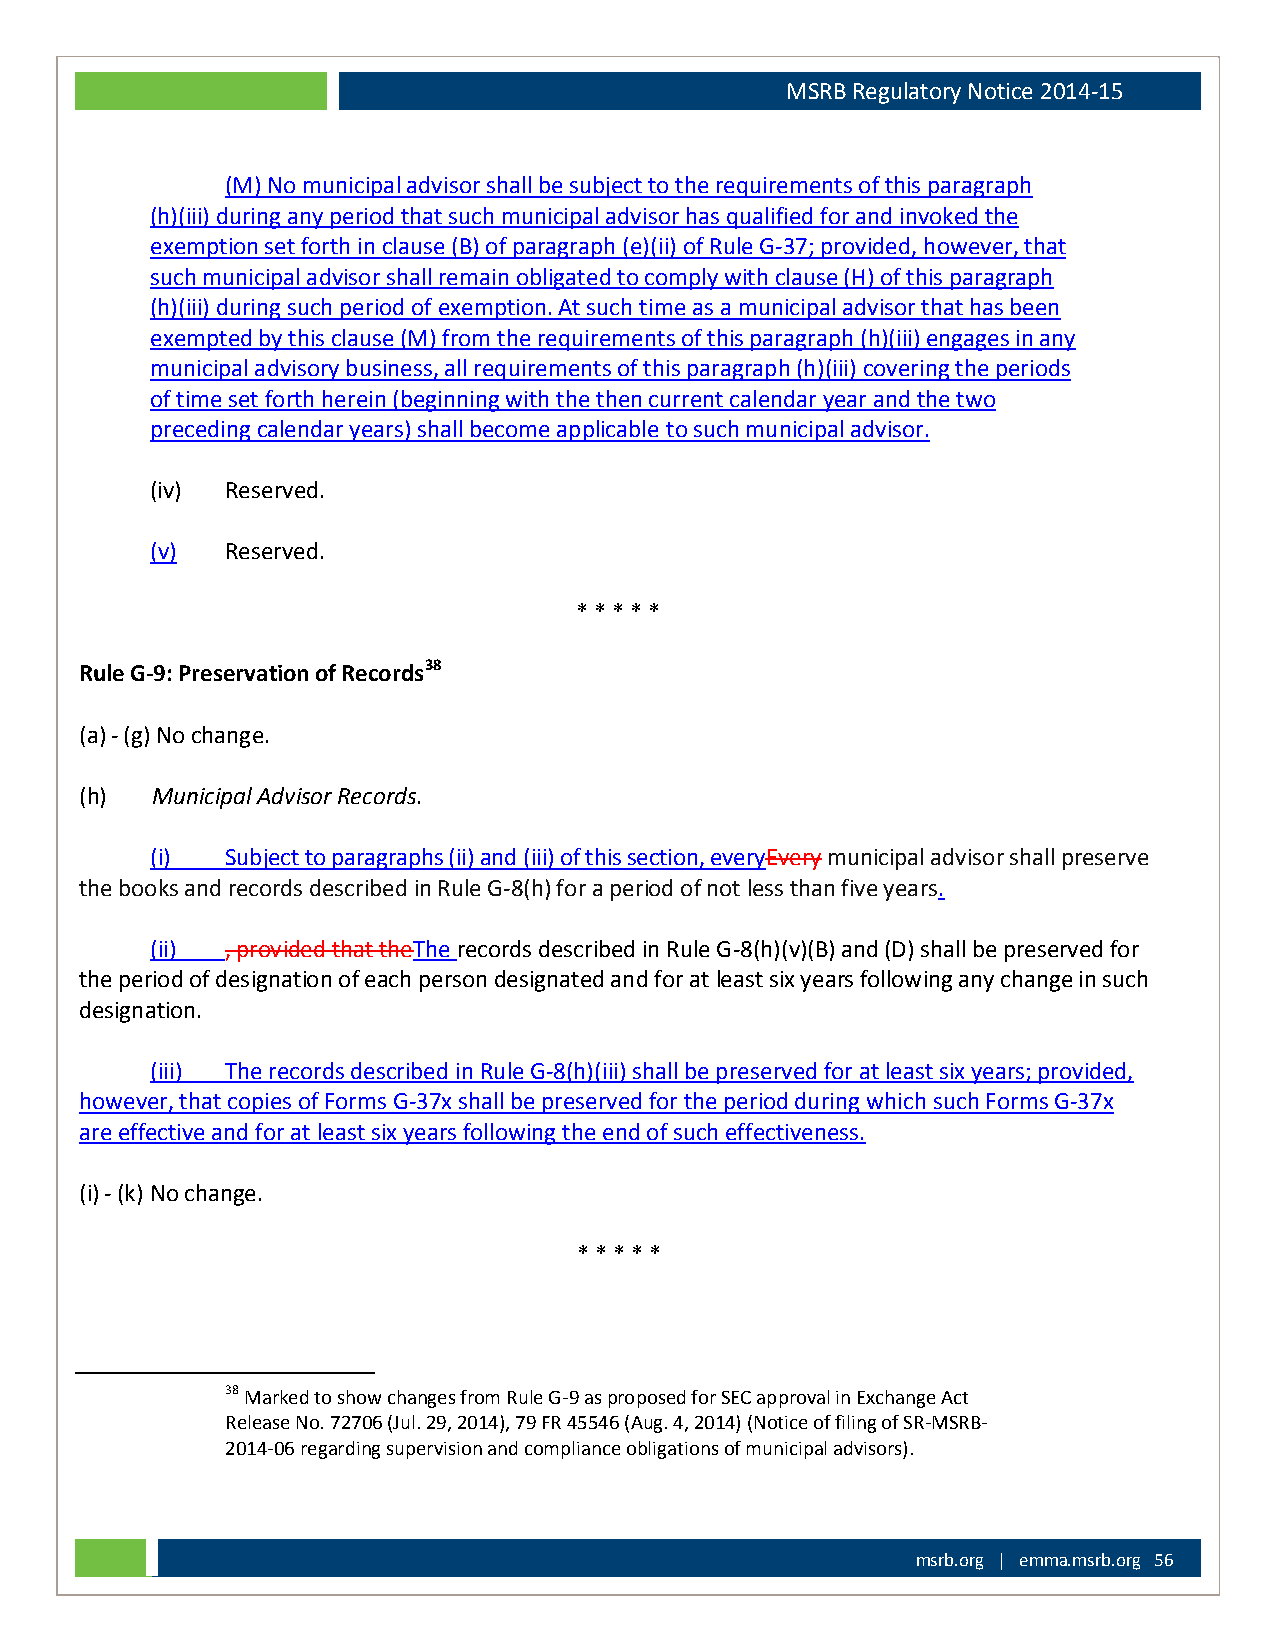
MSRB Regulatory Notice 2014-15
 (M) No municipal advisor shall be subject to the requirements of this paragraph
 (h)(iii) during any period that such municipal advisor has qualified for and invoked the
 exemption set forth in clause (B) of paragraph (e)(ii) of Rule G-37; provided, however, that
 such municipal advisor shall remain obligated to comply with clause (H) of this paragraph
 (h)(iii) during such period of exemption. At such time as a municipal advisor that has been
 exempted by this clause (M) from the requirements of this paragraph (h)(iii) engages in any
 municipal advisory business, all requirements of this paragraph (h)(iii) covering the periods
 of time set forth herein (beginning with the then current calendar year and the two
 preceding calendar years) shall become applicable to such municipal advisor.
 (iv) Reserved.
 (v)  Reserved.
 * * * * *
 Rule G-9: Preservation of Records38
 (a) - (g) No change.
 (h)  Municipal Advisor Records.
 (i)  Subject to paragraphs (ii) and (iii) of this section, everyEvery municipal advisor shall preserve
 the books and records described in Rule G-8(h) for a period of not less than five years.
 (ii) , provided that theThe records described in Rule G-8(h)(v)(B) and (D) shall be preserved for
 the period of designation of each person designated and for at least six years following any change in such
 designation.
 (iii) The records described in Rule G-8(h)(iii) shall be preserved for at least six years; provided,
 however, that copies of Forms G-37x shall be preserved for the period during which such Forms G-37x
 are effective and for at least six years following the end of such effectiveness.
 (i) - (k) No change.
 * * * * *
 38 Marked to show changes from Rule G-9 as proposed for SEC approval in Exchange Act
 Release No. 72706 (Jul. 29, 2014), 79 FR 45546 (Aug. 4, 2014) (Notice of filing of SR-MSRB-
 2014-06 regarding supervision and compliance obligations of municipal advisors).
 msrb.org | emma.msrb.org 56